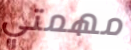
مهمتي